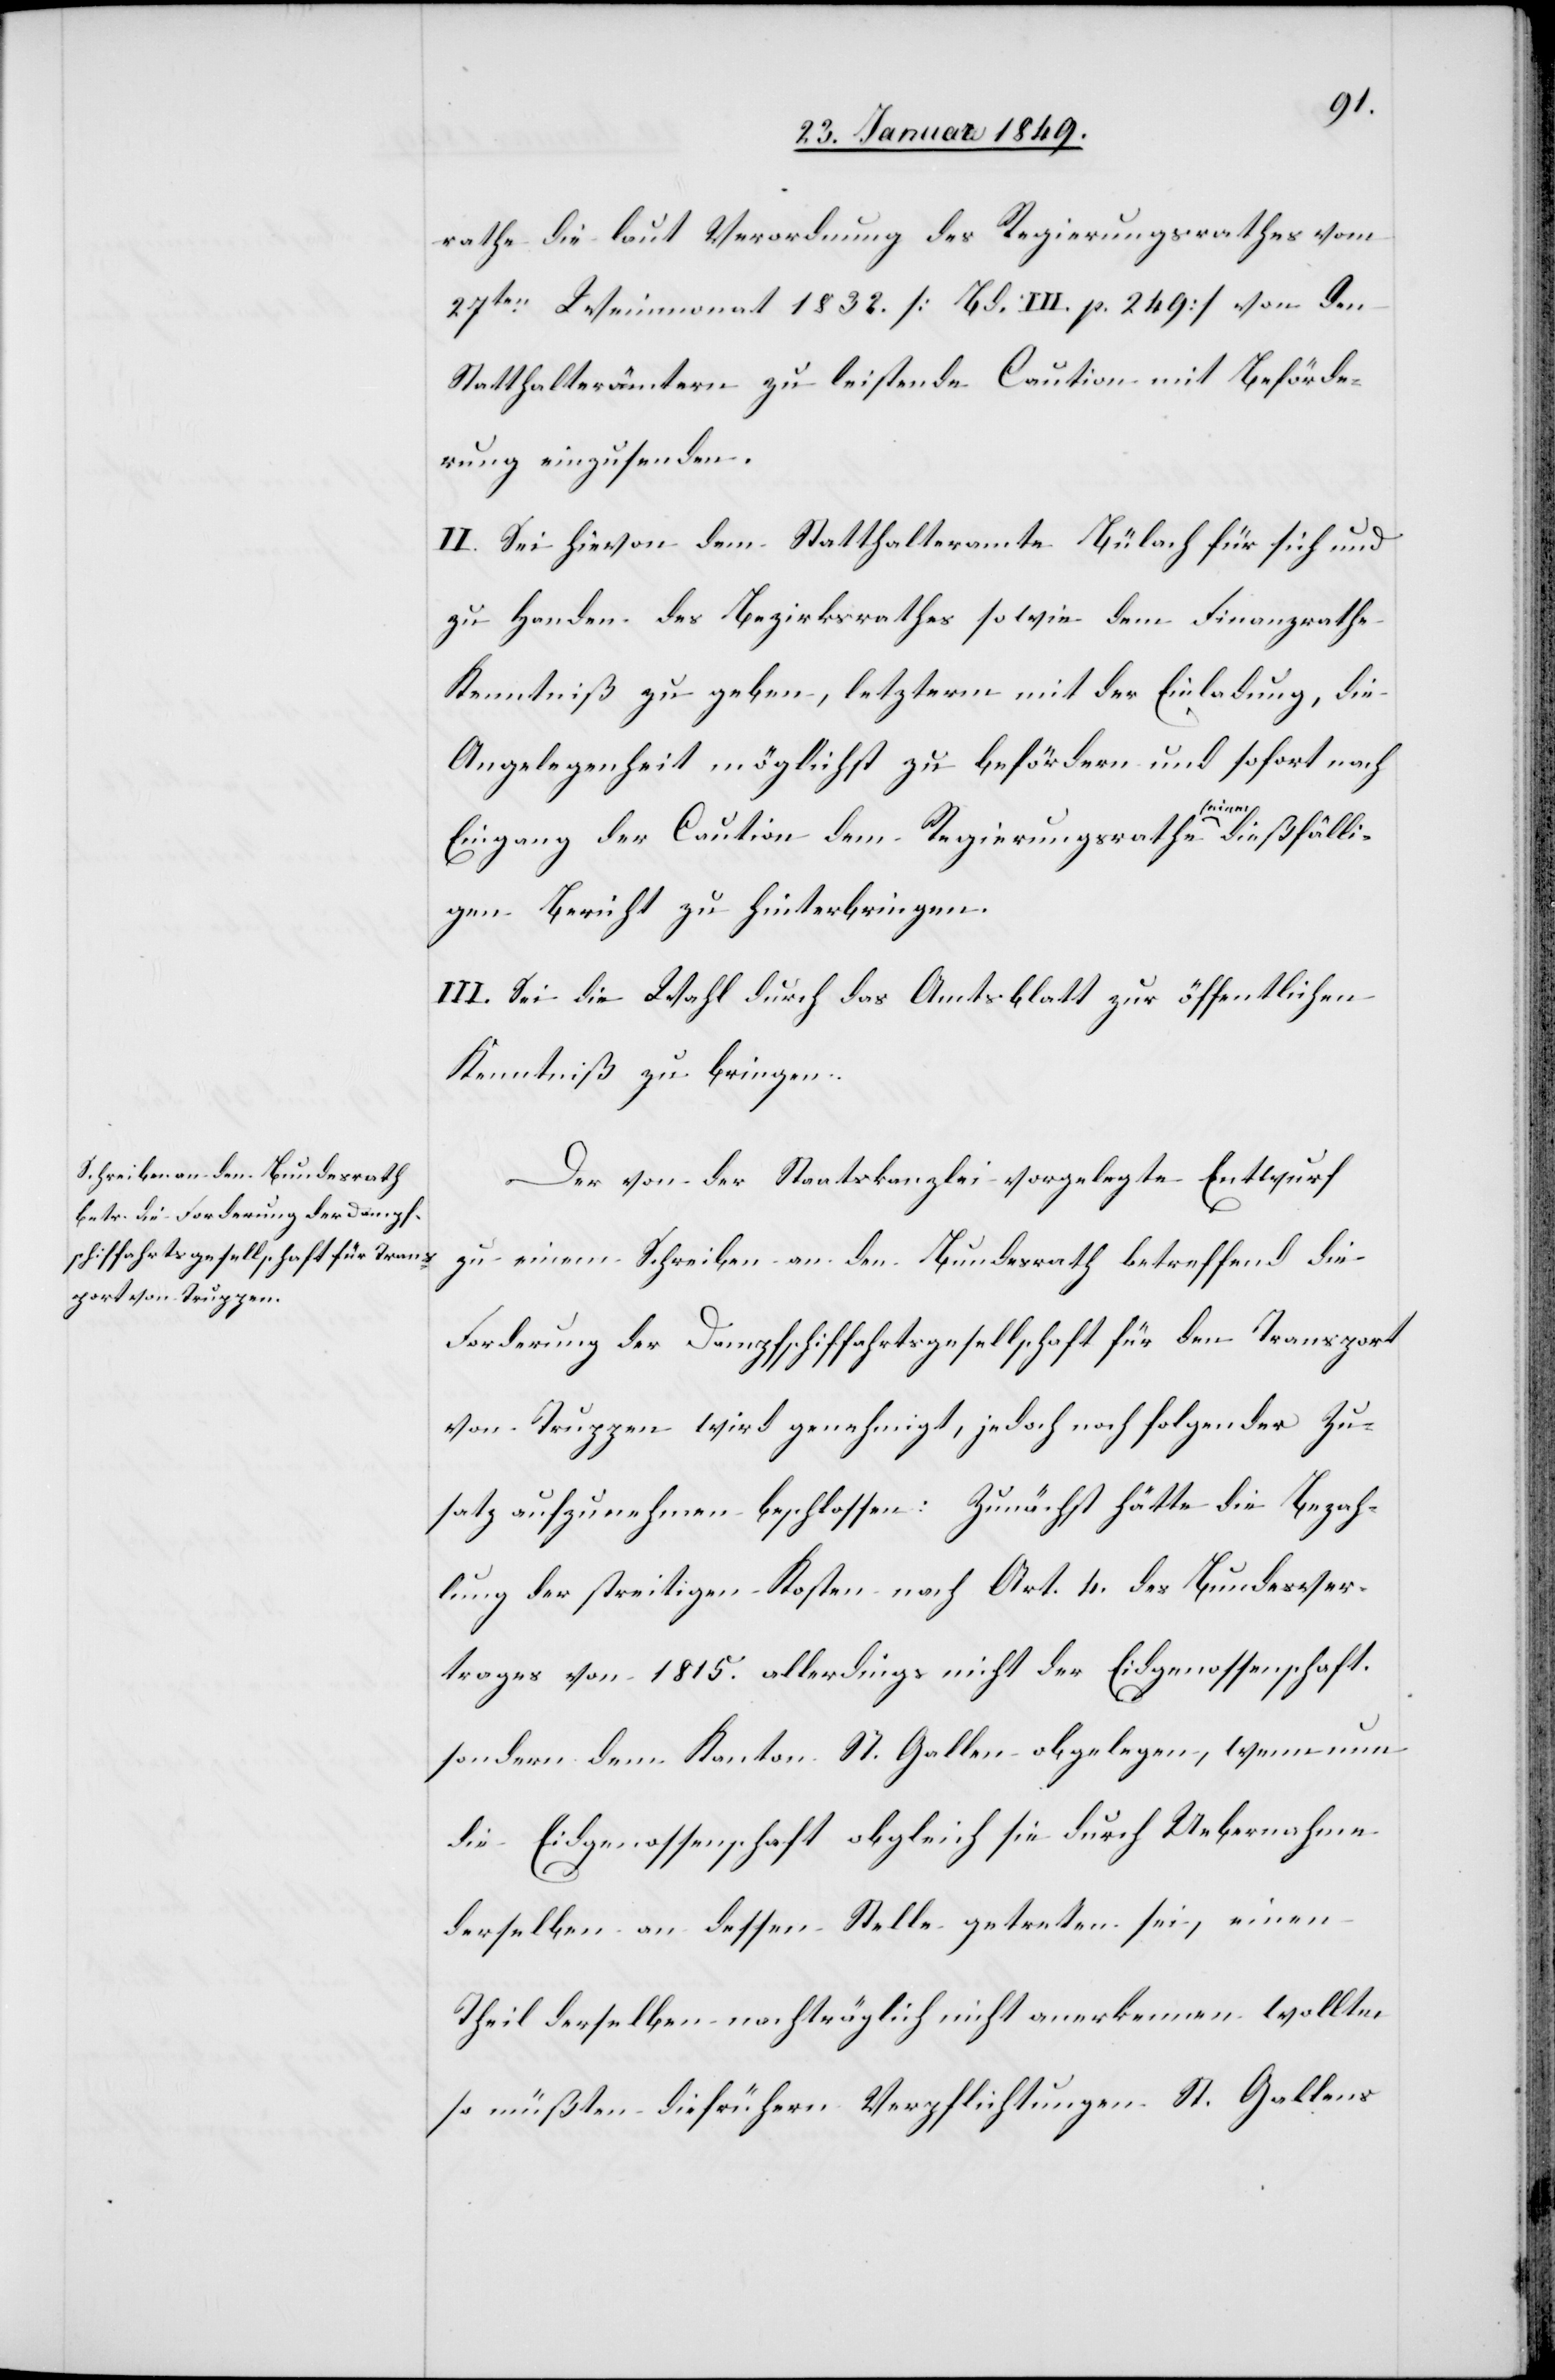
rathe die laut Verordnung des Regierungsrathes vom
27ten. Weinmonat 1832. [Bd. III. p. 249] von den
Statthalterämtern zu leistende Caution mit Beförde¬
rung einzusenden.
II. Sei hievon dem Statthalteramte Bülach für sich und
zu Handen des Bezirksrathes sowie dem Finanzrathe
Kenntniß zu geben, letzterm mit der Einladung, die
Angelegenheit möglichst zu befördern und sofort nach
Eingang der Caution dem Regierungsrathe seinen dießfälli¬
gen Bericht zu hinterbringen.
III. Sei die Wahl durch das Amtsblatt zur öffentlichen
Kenntniß zu bringen.
Der von der Staatskanzlei vorgelegte Entwurf
zu einem Schreiben an den Bundesrath betreffend die
Forderung der Dampfschiffahrtsgesellschaft für den Transport
von Truppen wird genehmigt, jedoch noch folgender Zu¬
satz aufzunehmen beschlossen: Zunächst hätte die Bezah¬
lung der streitigen Kosten nach Art. 4. des Bundesver¬
trages von 1815. allerdings nicht der Eidgenossenschaft,
sondern dem Kanton St. Gallen obgelegen, wenn nun
die Eidgenossenschaft obgleich sie durch Uebernahme
derselben an dessen Stelle getreten sei, einen
Theil derselben nachträglich nicht anerkennen wollte,
so müßten die frühern Verpflichtungen St. Gallens